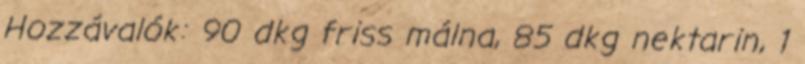
Hozzávalók: 90 dkg friss málna, 85 dkg nektarin, 1